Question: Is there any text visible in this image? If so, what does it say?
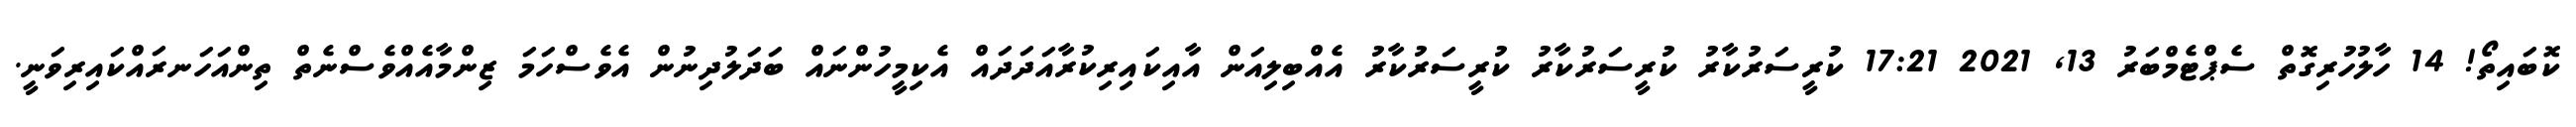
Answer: ކޮބައިތޯ! 14 ހާލުހުރިގޮތް ސެޕްޓެމްބަރު 13, 2021 17:21 ކުރީސަރުކާރު ކުރީސަރުކާރު ކުރީސަރުކާރު އެއްބިލިއަން އާއިކައިރިކުރާއަދަދައް އެކިމީހުންނައް ބަދަލުދިނުން އެވެސްހަމަ ޒިންމާއެއްވެސްނެތް ތިންއަހަނރައްކައިރިވަނީ.